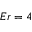
E r = 4